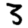
Digit: 3